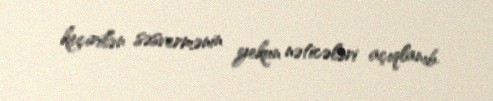
keçirilən səsvermənin yekun nəticələri açıqlanıb.